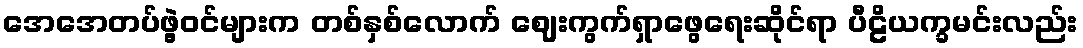
အေအေတပ်ဖွဲ့ဝင်များက တစ်နှစ်လောက် ဈေးကွက်ရှာဖွေရေးဆိုင်ရာ ပီဠိယက္ခမင်းလည်း